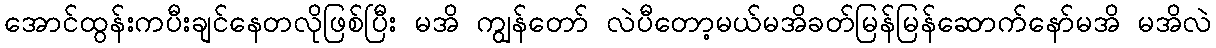
အောင်ထွန်းကပီးချင်နေတလိုဖြစ်ပြီး မအိ ကျွန်တော် လဲပီတော့မယ်မအိခတ်မြန်မြန်ဆောက်နော်မအိ မအိလဲ